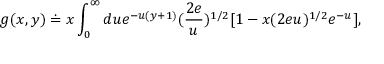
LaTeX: g ( x , y ) \doteq x \int _ { 0 } ^ { \infty } d u e ^ { - u ( y + 1 ) } ( \frac { 2 e } { u } ) ^ { 1 / 2 } [ 1 - x ( 2 e u ) ^ { 1 / 2 } e ^ { - u } ] ,